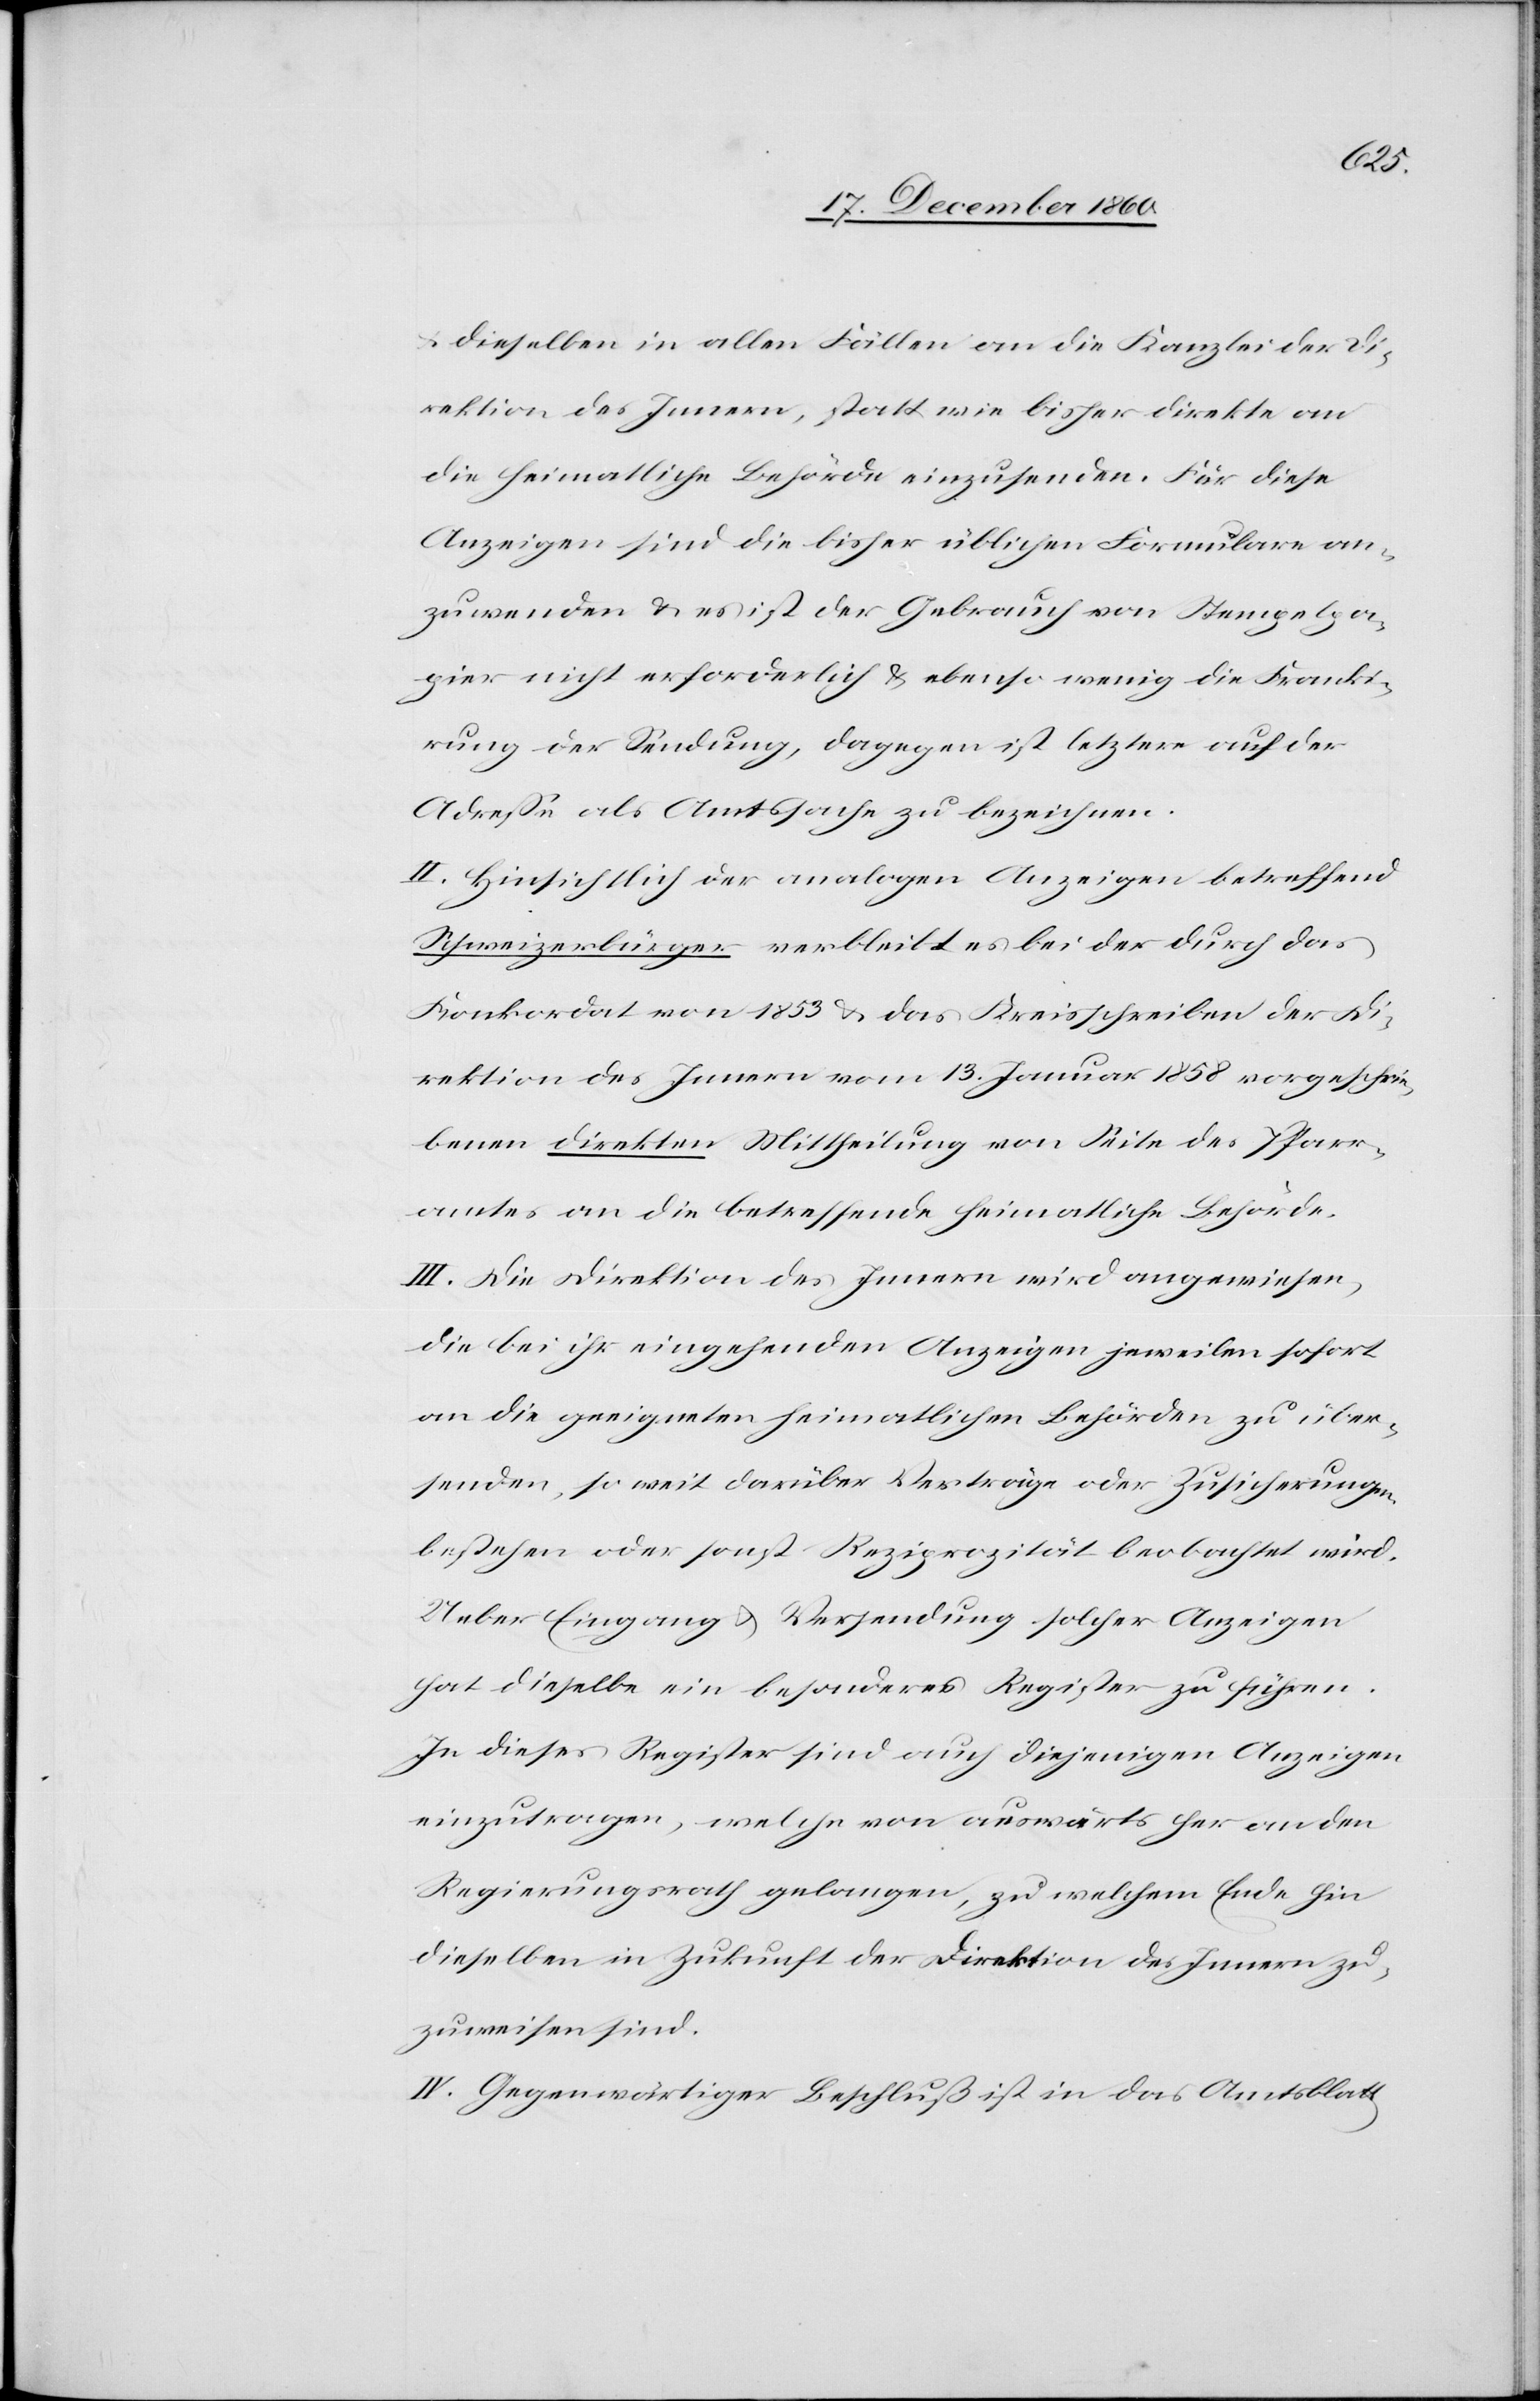
u. dieselben in allen Fällen an die Kanzlei der Di¬
rektion des Innern, statt wie bisher direkte an
die heimatliche Behörde einzusenden. Für diese
Anzeigen sind die bisher üblichen Formulare an¬
zuwenden u. es ist der Gebrauch von Stempelpa¬
pier nicht erforderlich u. ebenso wenig die Franki¬
rung der Sendung, dagegen ist letztere auf der
Adresse als Amtssache zu bezeichnen.
II. Hinsichtlich der analogen Anzeigen betreffend
Schweizerbürger verbleibt es bei der durch das
Konkordat von 1853 u. das Kreisschreiben der Di¬
rektion des Innern vom 13. Januar 1858 vorgeschrie¬
benen direkten Mittheilung von Seite des Pfarr¬
amtes an die betreffende heimatliche Behörde.
III. Die Direktion des Innern wird angewiesen,
die bei ihr eingehenden Anzeigen jeweilen sofort
an die geeigneten heimatlichen Behörden zu über¬
senden, so weit darüber Verträge oder Zusicherungen
bestehen oder sonst Reziprozität beobachtet wird.
Ueber Eingang u. Verwendung solcher Anzeigen
hat dieselbe ein besonderes Register zu führen.
In dieses Register sind auch diejenigen Anzeigen
einzutragen, welche von auswärts her an den
Regierungsrath gelangen, zu welchem Ende hin
dieselben in Zukunft der Direktion des Innern zu¬
zuweisen sind.
IV. Gegenwärtiger Beschluß ist in das Amtsblatt